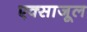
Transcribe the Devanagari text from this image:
एक्साजूल